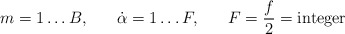
\begin{align*}m=1\ldots B, \; \; \; \; \; \; \dot \alpha = 1\ldots F, \;\;\;\;\;\;F = \frac{f}{2} = \textup{integer}\end{align*}